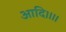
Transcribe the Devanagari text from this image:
आदि।।।।